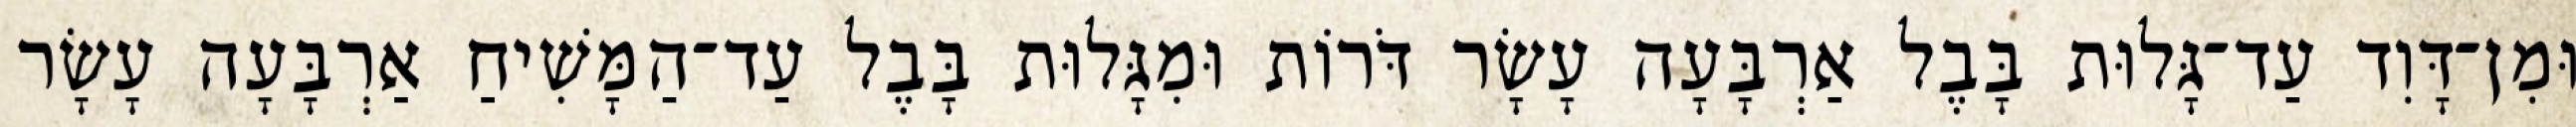
וּמִן־דָּוִד עַד־גָּלוּת בָּבֶל אַרְבָּעָה עָשָׂר דֹּרוֹת וּמִגָּלוּת בָּבֶל עַד־הַמָּשִׁיחַ אַרְבָּעָה עָשָׂר